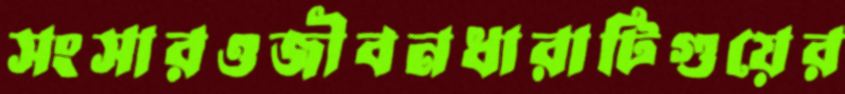
সংসারওজীবনধারাটিগুয়ের